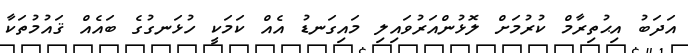
އަދަބު އިޙުތިރާމް ކުރުމަށް ލޮޅުންއަރުވައިލި މައިގަނޑު އެއް ކަމަކީ ހުޅަނގުގެ ބައެއް ޤައުމުތަކާ